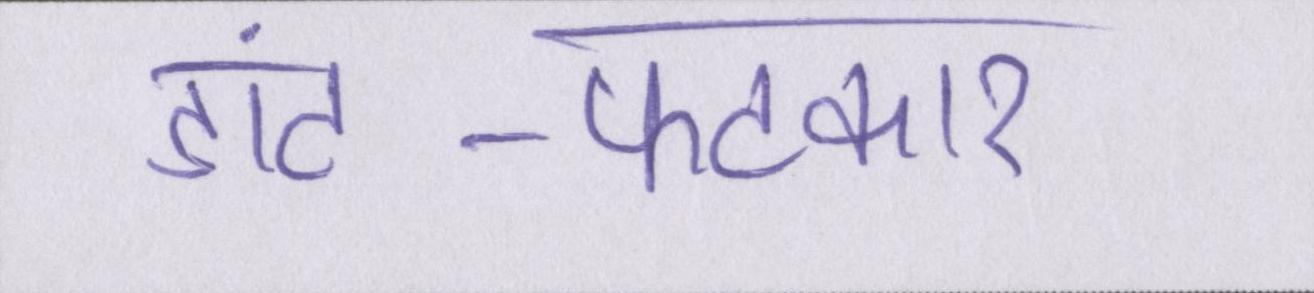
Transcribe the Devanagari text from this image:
डांट-फटकार